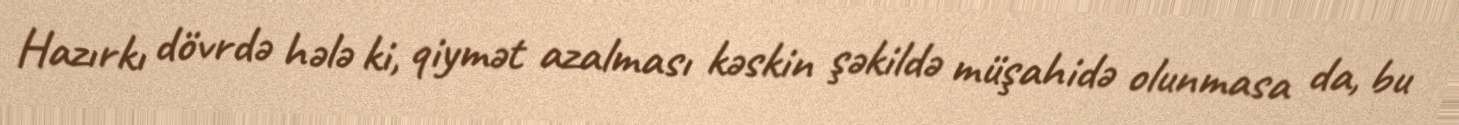
Hazırkı dövrdə hələ ki, qiymət azalması kəskin şəkildə müşahidə olunmasa da, bu